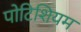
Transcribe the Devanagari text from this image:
पोटिशियम